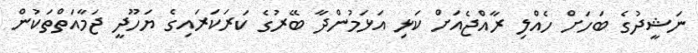
ނަޝީދުގެ ބަހަށް ހެއްލި ރާއްޖެއަށް ކަޅި އަޅަމުންދާ ބޭރުގެ ކަރަކަރައިގެ ޔަހޫދީ ޖަމާއަތްތަކުން